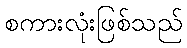
စကားလုံးဖြစ်သည်